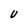
Character: U